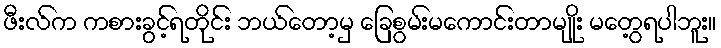
ဖီးလ်က ကစားခွင့်ရတိုင်း ဘယ်တော့မှ ခြေစွမ်းမကောင်းတာမျိုး မတွေ့ရပါဘူး။